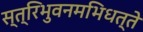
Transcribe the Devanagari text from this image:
स्त्रिभुवनमभिधत्ते